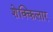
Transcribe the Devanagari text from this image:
शेक्किलार